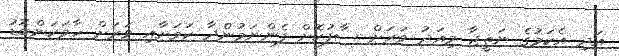
އަދި އެކަމުގެ ނަތީޖާ މިއަދު ވަރަށް ސާފުކޮށް ފެންނަމުންދާ ކަމަށާއި ވަރަށް ހާމަކަންބޮޑު